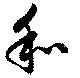
和